Medical and sanitary report of the native army of Bengal for the year
Year: 1878
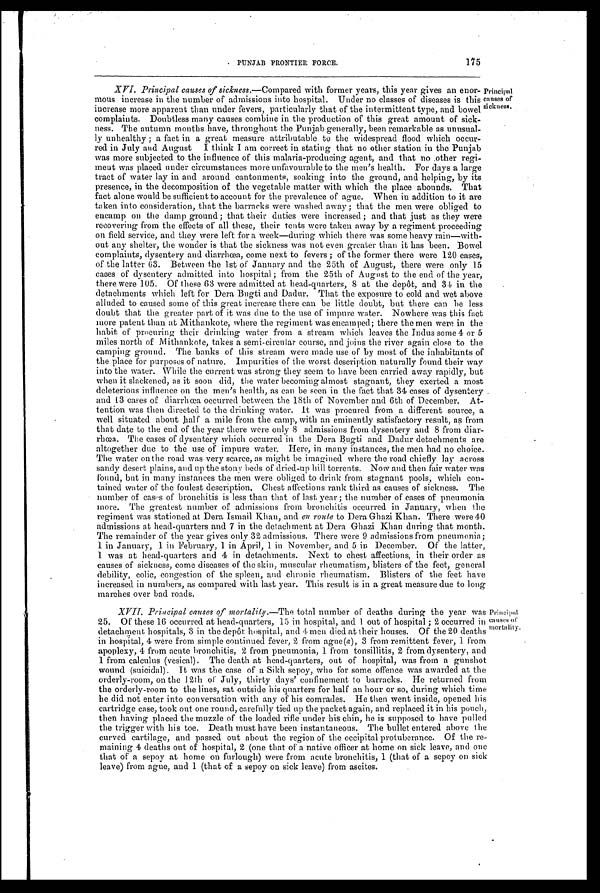
PUNJAB FRONTIER FORCE.
175
XVI. Principal causes of sickness .—Compared with former years, this year gives an enor
-
mous increase in the number of admissions into hospital. Under no classes of diseases is this
increase more apparent than under fevers, particularly that of the intermittent type, and bowel
complaints. Doubtless many causes combine in the production of this great amount of sick
-
ness. The autumn months have, throughout the Punjab generally, been remarkable as unusual
-
ly unhealthy; a fact in a great measure attributable to the widespread flood which occur
-
red in July and August I think I am correct in stating that no other station in the Punjab
was more subjected to the influence of this malaria-producing agent, and that no other regi
-
ment was placed under circumstances more unfavourable to the men's health. For days a large
tract of water lay in and around cantonments, soaking into the ground, and helping, by its
presence, in the decomposition of the vegetable matter with which the place abounds. That
fact alone would be sufficient to account for the prevalence of ague. When in addition to it are
taken into consideration, that the barracks were washed away ; that the men were obliged to
encamp on the damp ground; that their duties were increased; and that just as they were
recovering from the effects of all these, their tents were taken away by a regiment proceeding
on field service, and they were left for a week—during which there was some heavy rain—with
-
out any shelter, the wonder is that the sickness was not even greater than it has been. Bowel
complaints, dysentery and diarrhœa, come next to fevers ; of the former there were 120 cases,
of the latter 63. Between the 1st of January and the 25th of August, there were only 15
cases of dysentery admitted into hospital ; from the 25th of August to the end of the year,
there were 105. Of these 63 were admitted at head-quarters, 8 at the depôt, and 34 in the
detachments which left for Dera Bugti and Dadur. That the exposure to cold and wet above
alluded to caused some of this great increase there can be little doubt, but there can be less
doubt that the greater part of it was due to the use of impure water. Nowhere was this fact
more patent than at Mithankote, where the regiment was encamped; there the men were in the
habit of procuring their drinking water from a stream which leaves the Indus some 4 or 5
miles north of Mithankote, takes a semi-circular course, and joins the river again close to the
camping ground. The banks of this stream were made use of by most of the inhabitants of
the place for purposes of nature. Impurities of the worst description naturally found their way
into the water. While the current was strong they seem to have been carried away rapidly, but
when it slackened, as it soon did, the water becoming almost stagnant, they exerted a most
deleterious influence on the men's health, as can be seen in the fact that 34 cases of dysentery
and 13 cares of diarrhœa occurred between the 18th of November and 6th of December. At
-
tention was then directed to the drinking water. It was procured from a different source, a
well situated about half a mile from the camp, with an eminently satisfactory result, as from
that date to the end of the year there were only 8 admissions from dysentery and 8 from diar
-
rhœa. The cases of dysentery which occurred in the Dera Bugti and Dadur detachments are
altogether due to the use of impure water. Here, in many instances, the men had no choice.
The water on the road was very scarce, as might be imagined where the road chiefly lay across
sandy desert plains, and up the stony beds of dried-up hill torrents. Now and then fair water was
found, but in many instances the men were obliged to drink from stagnant pools, which con
-
tained water of the foulest description. Chest affections rank third as causes of sickness. The
number of cases of bronchitis is less than that of last year ; the number of cases of pneumonia
more. The greatest number of admissions from bronchitis occurred in January, when the
regiment was stationed at Dera Ismail Khan, and en route to Dera Ghazi Khan. There were 40
admissions at head-quarters and 7 in the detachment at Dera Ghazi Khan during that month.
The remainder of the year gives only 32 admissions. There were 9 admissions from pneumonia;
1 in January, 1 in February, 1 in April, 1 in November, and 5 in December. Of the latter,
1 was at head-quarters and 4 in detachments. Next to chest affections, in their order as
causes of sickness, come diseases of the skin, muscular rheumatism, blisters of the feet, general
debility, colic, congestion of the spleen, and chronic rheumatism. Blisters of the feet have
increased in numbers, as compared with last year. This result is in a great measure due to long
marches over bad roads.
Principal
causes of
sickness.
XVII. Principal causes of mortality.— The total number of deaths during the year was
25. Of these 16 occurred at head-quarters, 15 in hospital, and 1 out of hospital ; 2 occurred in
detachment hospitals, 3 in the depôt hospital, and 4 men died at their houses. Of the 20 deaths
in hospital, 4 were from simple continued fever, 2 from ague (a ), 3 from remittent fever, 1 from
apoplexy, 4 from acute bronchitis, 2 from pneumonia, 1 from tonsillitis, 2 from dysentery, and
1 from calculus (vesical). The death at head-quarters, out of hospital, was from a gunshot
wound (suicidal). It was the case of a Sikh sepoy, who for some offence was awarded at the
orderly-room, on the 12th of July, thirty days' confinement to barracks. He returned from
the orderly-room to the lines, sat outside his quarters for half an hour or so, during which time
he did not enter into conversation with any of his comrades. He then went inside, opened his
cartridge case, took out one round, carefully tied up the packet again, and replaced it in his pouch,
then having placed the muzzle of the loaded rifle under his chin, he is supposed to have pulled
the trigger with his toe. Death must have been instantaneous. The bullet entered above the
curved cartilage, and passed out about the region of the occipital protuberance. Of the re
-
maining 4 deaths out of hospital, 2 (one that of a native officer at home on sick leave, and one
that of a sepoy at home on furlough) were from acute bronchitis, 1 (that of a sepoy on sick
leave) from ague, and 1 (that of a sepoy on sick leave) from ascites.
Principal
causes Of
mortality.